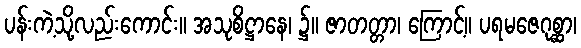
ပန်းကဲ့သို့လည်းကောင်း။ အသုစိဋ္ဌာနေ၊ ၌။ ဇာတတ္တာ၊ ကြောင့်။ ပရမဇေဂုစ္ဆာ၊